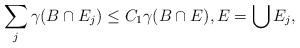
LaTeX: \begin{align*}\sum_j \gamma(B\cap E_j) \le C_1 \gamma(B\cap E),E=\bigcup E_j,\end{align*}